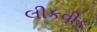
લીકવીડ